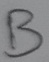
Text: B